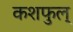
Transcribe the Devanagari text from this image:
कशफुल्